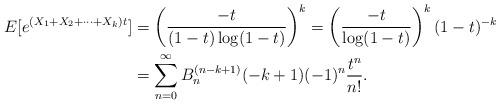
LaTeX: \begin{align*}E[e^{(X_1+X_2+\cdots+X_k)t}] &= \left( \frac{-t}{(1-t) \log(1-t)} \right)^k = \left( \frac{-t}{\log(1-t)} \right)^k (1-t)^{-k} \\&= \sum_{n=0}^\infty B_n^{(n-k+1)}(-k+1)(-1)^n \frac{t^n}{n!}.\end{align*}